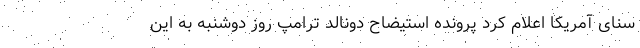
سنای آمریکا اعلام کرد پرونده استیضاح دونالد ترامپ روز دوشنبه به این